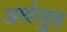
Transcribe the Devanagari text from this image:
अर्थसुत्र